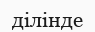
ділінде